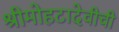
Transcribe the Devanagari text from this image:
श्रीमोहटादेवीची